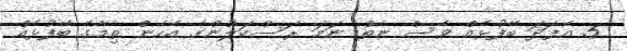
5. އެފަދަ ބޭފުޅެއް ވެސް ނެތް ނަމަ ރަސްކަލުންގެ އެހެން ތިމާގެ ބޭފުޅެއް